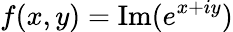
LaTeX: f(x,y)=\operatorname{Im}(e^{x+iy})